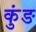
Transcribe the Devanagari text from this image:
कुंङ